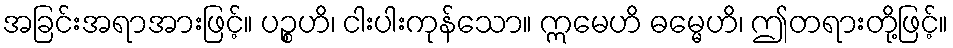
အခြင်းအရာအားဖြင့်။ ပဉ္စဟိ၊ ငါးပါးကုန်သော။ ဣမေဟိ ဓမ္မေဟိ၊ ဤတရားတို့ဖြင့်။